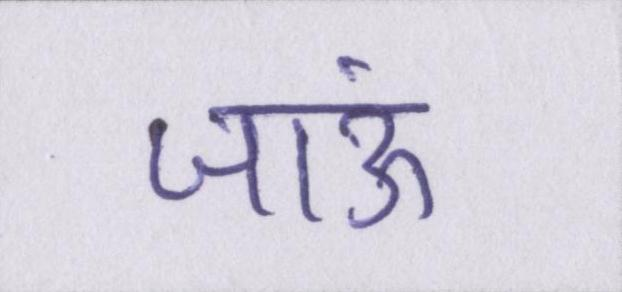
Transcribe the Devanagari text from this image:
जाऊं